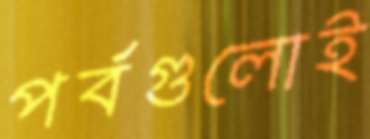
পর্বগুলোই